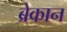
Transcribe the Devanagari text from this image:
ब्रेकान